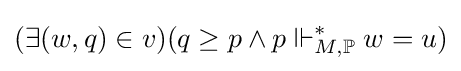
(\exists (w,q)\in v)(q\geq p\wedge p\Vdash _{M,\mathbb {P} }^{*}w=u)